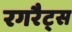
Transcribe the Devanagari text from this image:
रगरैट्स